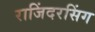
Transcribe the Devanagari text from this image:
राजिंदरसिंग